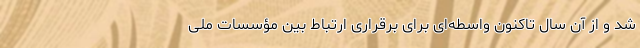
شد و از آن سال تاکنون واسطه‌ای برای برقراری ارتباط بین مؤسسات ملی